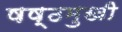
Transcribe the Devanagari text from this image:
षष्ठमुखी